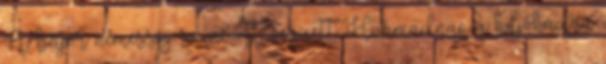
A bajor nemesség színe ott veszett. Harmadnap a hajóhadra